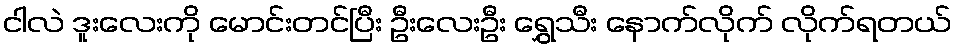
ငါလဲ ဒူးလေးကို မောင်းတင်ပြီး ဦးလေးဦး ရွှေသီး နောက်လိုက် လိုက်ရတယ်